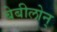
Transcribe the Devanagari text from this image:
बेबीलोन्